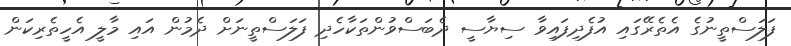
ފަލަސްތީނުގެ އެތެރޭގައި އުފެދިފައިވާ ސިޔާސީ ދެބަސްވުންތަކާހެދި ފަލަސްތީނަށް ދެމުން އައި މާލީ އެހީތެރިކަން